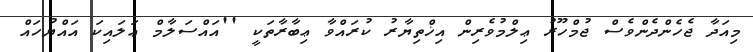
މިއަދާ ޖެހެންދެންވެސް ޖުމްހޫރު ޢިލްމުވެރިން އިޚްތިޔާރު ކުރައްވާ ޢިބާރާތަކީ ''އައްސަލާމް ޢަލައިކަ އައްޔުހައް